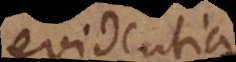
evidentia.